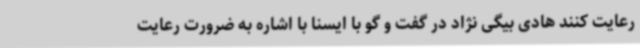
رعایت کنند هادی بیگی نژاد در گفت و گو با ایسنا با اشاره به ضرورت رعایت